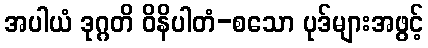
အပါယံ ဒုဂ္ဂတိ ဝိနိပါတံ-စသော ပုဒ်များအဖွင့်